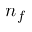
n _ { f }